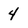
Character: 4